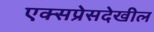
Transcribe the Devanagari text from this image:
एक्सप्रेसदेखील